Madras plague regulations and rules - Volume 1
Disease focus: Plague
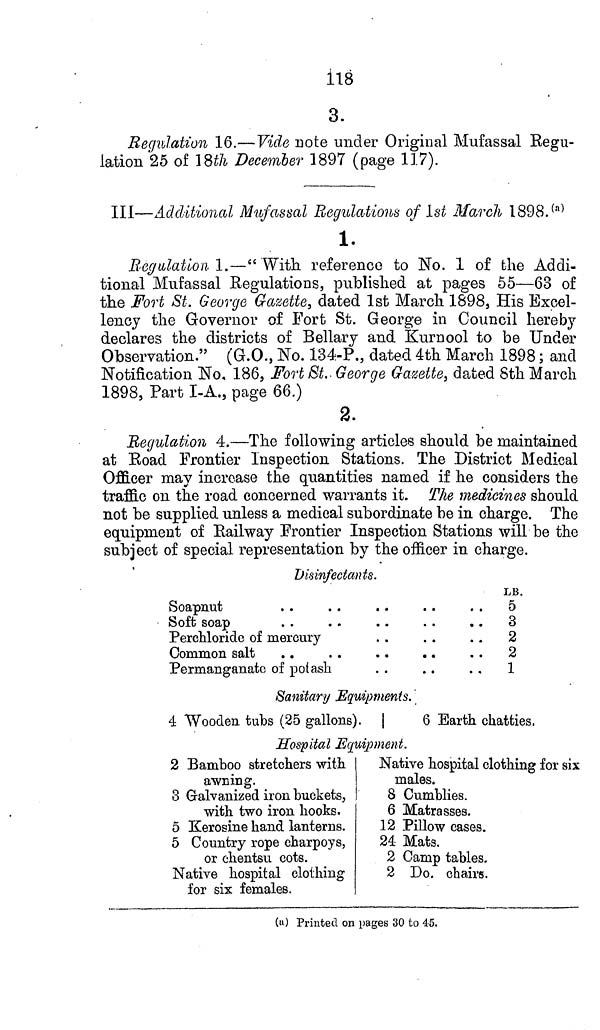
118
3.
Regulation 16.—Vide note under Original Mufassal Regu-
lation 25 of 18th December 1897 (page 117).
III—Additional Mufassal Regulations of 1st March 1898. (a)
1.
Regulation 1.—" With reference to No. 1 of the Addi-
tional Mufassal Regulations, published at pages 55—63 of
the Fort St. George Gazette, dated 1st March 1898, His Excel-
lency the Governor of Fort St. George in Council hereby
declares the districts of Bellary and Kurnool to be Under
Observation." (G.O., No. 134-P., dated 4th March 1898; and
Notification No, 186, Fort St. George Gazette, dated 8th March
1898, Part I-A., page 66.)
2.
Regulation 4.—The following articles should be maintained
at Road Frontier Inspection Stations. The District Medical
Officer may increase the quantities named if he considers the
traffic on the road concerned warrants it. The medicines should
not be supplied unless a medical subordinate be in charge. The
equipment of Railway Frontier Inspection Stations will be the
subject of special representation by the officer in charge.
Disinfectants.
Soapnut
....
Soft soap
....
Perchloride of mercury
Common salt
....
Permanganate of potash
LB.
5
3
2
2
1
Sanitary Equipments.
4 Wooden tubs (25 gallons).
6 Earth chatties.
Hospital Equipment.
2 Bamboo stretchers with
awning.
3 Galvanized iron buckets,
with two iron hooks.
5 Kerosine hand lanterns.
5 Country rope charpoys,
or chentsu cots.
Native hospital clothing
for six females.
Native hospital clothing for six
males.
8 Cumblies.
6 Matrasses.
12 Pillow cases.
24 Mats.
2 Camp tables.
2 Do. chairs.
(a) Printed on pages 30 to 45.